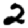
Digit: 2